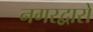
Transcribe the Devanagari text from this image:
नगरद्वारों